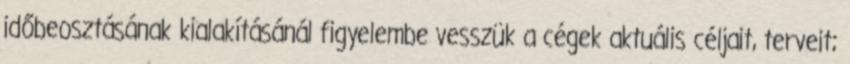
időbeosztásának kialakításánál figyelembe vesszük a cégek aktuális céljait, terveit;